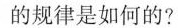
的规律是如何的?